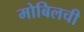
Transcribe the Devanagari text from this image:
मोबिलची